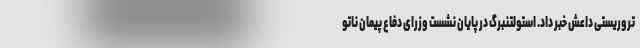
تروریستی داعش خبر داد. استولتنبرگ در پایان نشست وزرای دفاع پیمان ناتو